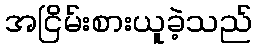
အငြိမ်းစားယူခဲ့သည်